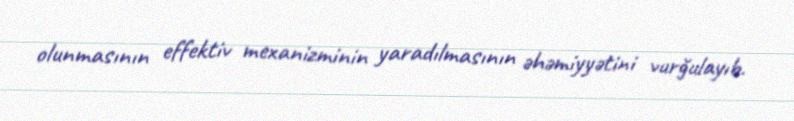
olunmasının effektiv mexanizminin yaradılmasının əhəmiyyətini vurğulayıb.